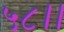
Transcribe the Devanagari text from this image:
५८।।